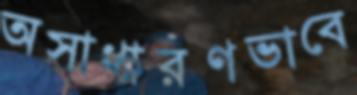
অসাধারণভাবে